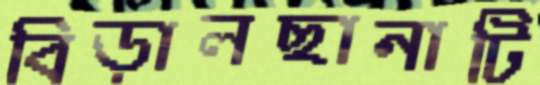
বিড়ালছানাটি